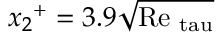
{ x _ { 2 } } ^ { + } = 3 . 9 \sqrt \mathrm { { R e } _ { \ t a u } } ^ { }